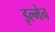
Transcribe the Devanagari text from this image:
इल्मेन